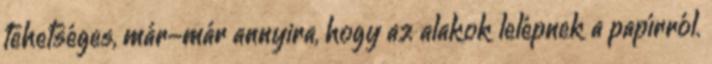
tehetséges, már-már annyira, hogy az alakok lelépnek a papírról.